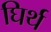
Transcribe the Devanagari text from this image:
घिर्थ